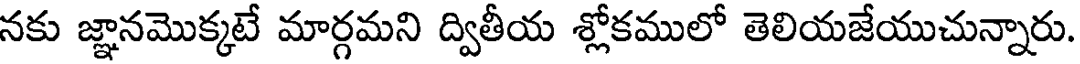
నకు జ్ఞానమొక్కటే మార్గమని ద్వితీయ శ్లోకములో తెలియజేయుచున్నారు.